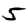
Digit: 5